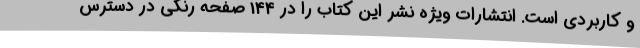
و کاربردی است. انتشارات ویژه نشر این کتاب را در 144 صفحه رنگی در دسترس